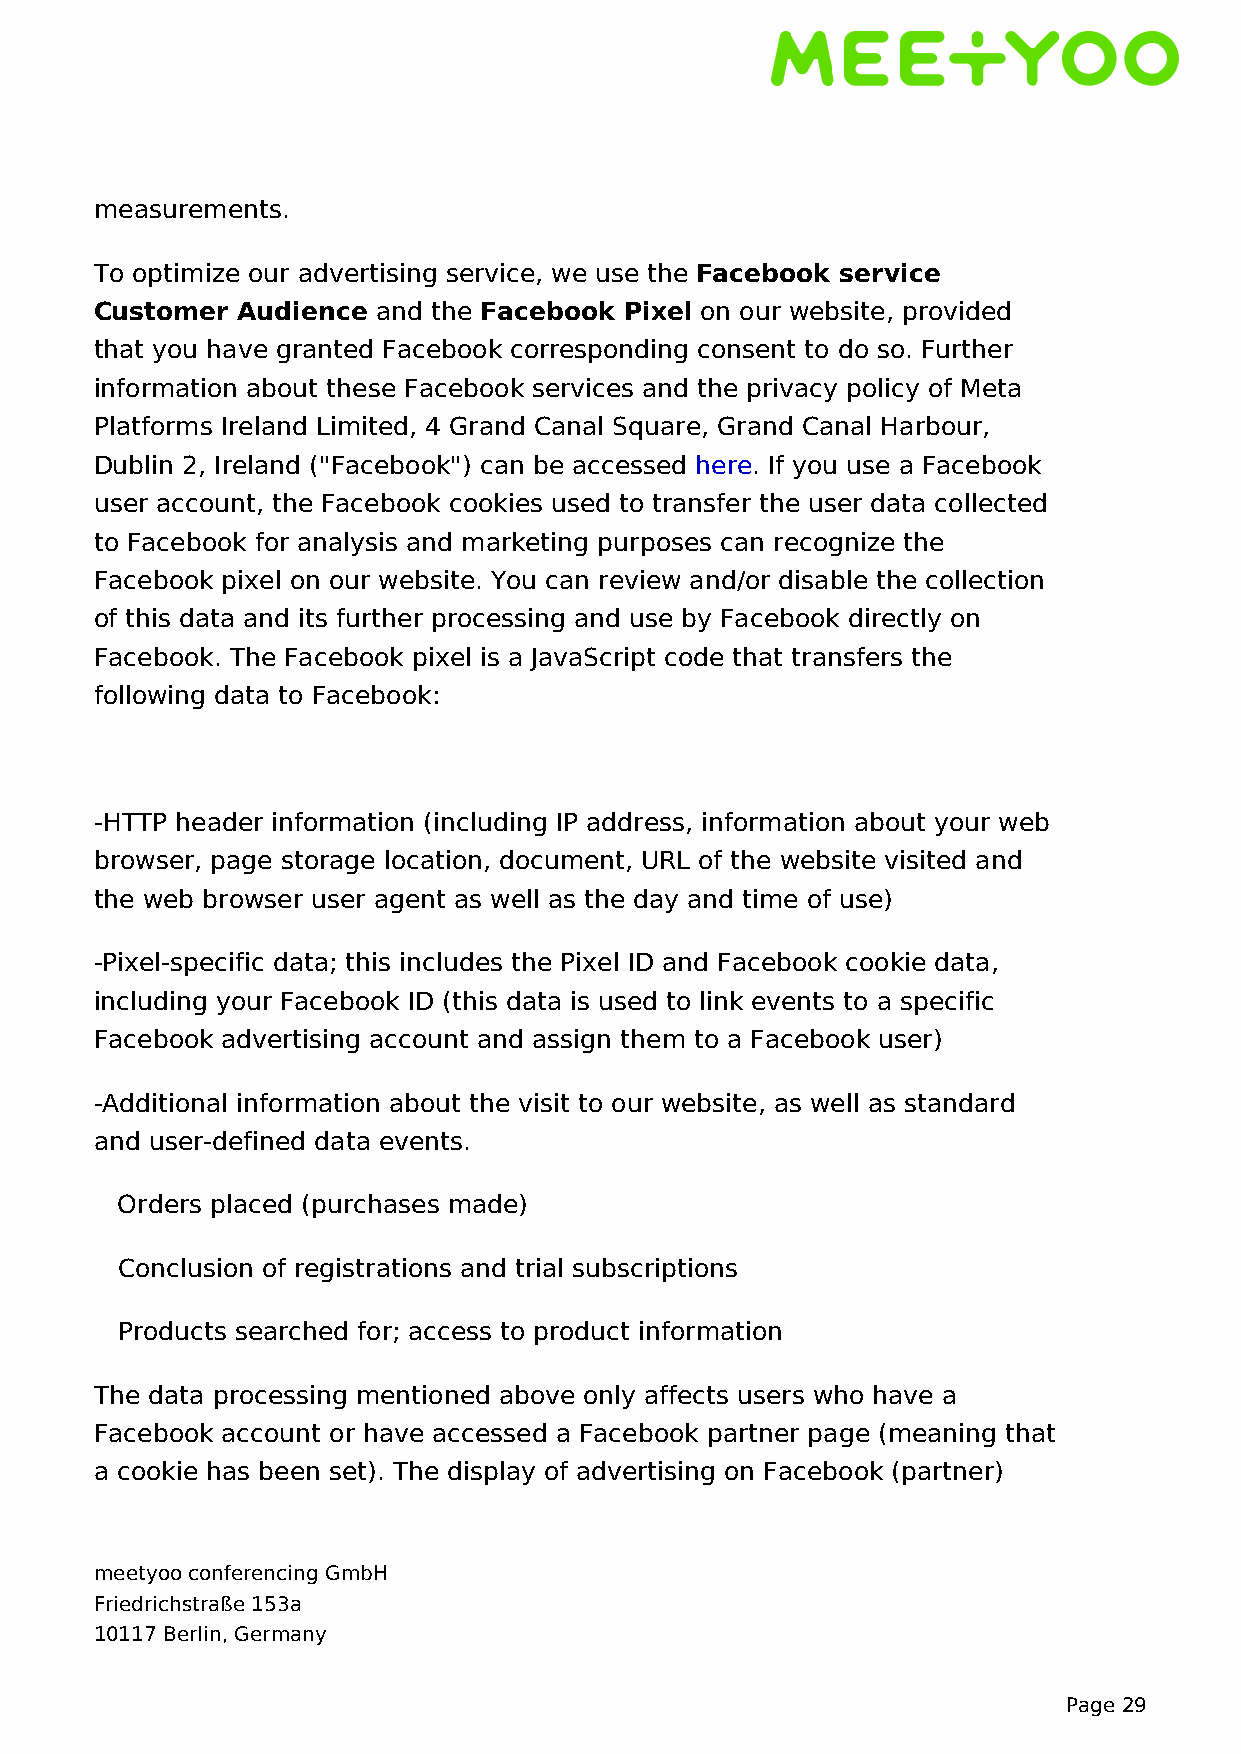
measurements.
 To optimize our advertising service, we use the Facebook service
 Customer  Audience and the Facebook Pixel on our website, provided
 that you have granted Facebook corresponding consent to do so. Further
 information about these Facebook services and the privacy policy of Meta
 Platforms Ireland Limited, 4 Grand Canal Square, Grand Canal Harbour,
 Dublin 2, Ireland ("Facebook") can be accessed here. If you use a Facebook
 user account, the Facebook cookies used to transfer the user data collected
 to Facebook for analysis and marketing purposes can recognize the
 Facebook pixel on our website. You can review and/or disable the collection
 of this data and its further processing and use by Facebook directly on
 Facebook. The Facebook pixel is a JavaScript code that transfers the
 following data to Facebook:
 -HTTP header information (including IP address, information about your web
 browser, page storage location, document, URL of the website visited and
 the web browser user agent as well as the day and time of use)
 -Pixel-specific data; this includes the Pixel ID and Facebook cookie data,
 including your Facebook ID (this data is used to link events to a specific
 Facebook advertising account and assign them to a Facebook user)
 -Additional information about the visit to our website, as well as standard
 and user-defined data events.
 Orders placed (purchases made)
 Conclusion of registrations and trial subscriptions
 Products searched for; access to product information
 The data processing mentioned above only affects users who have a
 Facebook account or have accessed a Facebook partner page (meaning that
 a cookie has been set). The display of advertising on Facebook (partner)
 meetyoo conferencing GmbH
 Friedrichstraße 153a
 10117 Berlin, Germany
 Page 29